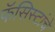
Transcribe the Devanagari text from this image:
फॅसिस्टांचे